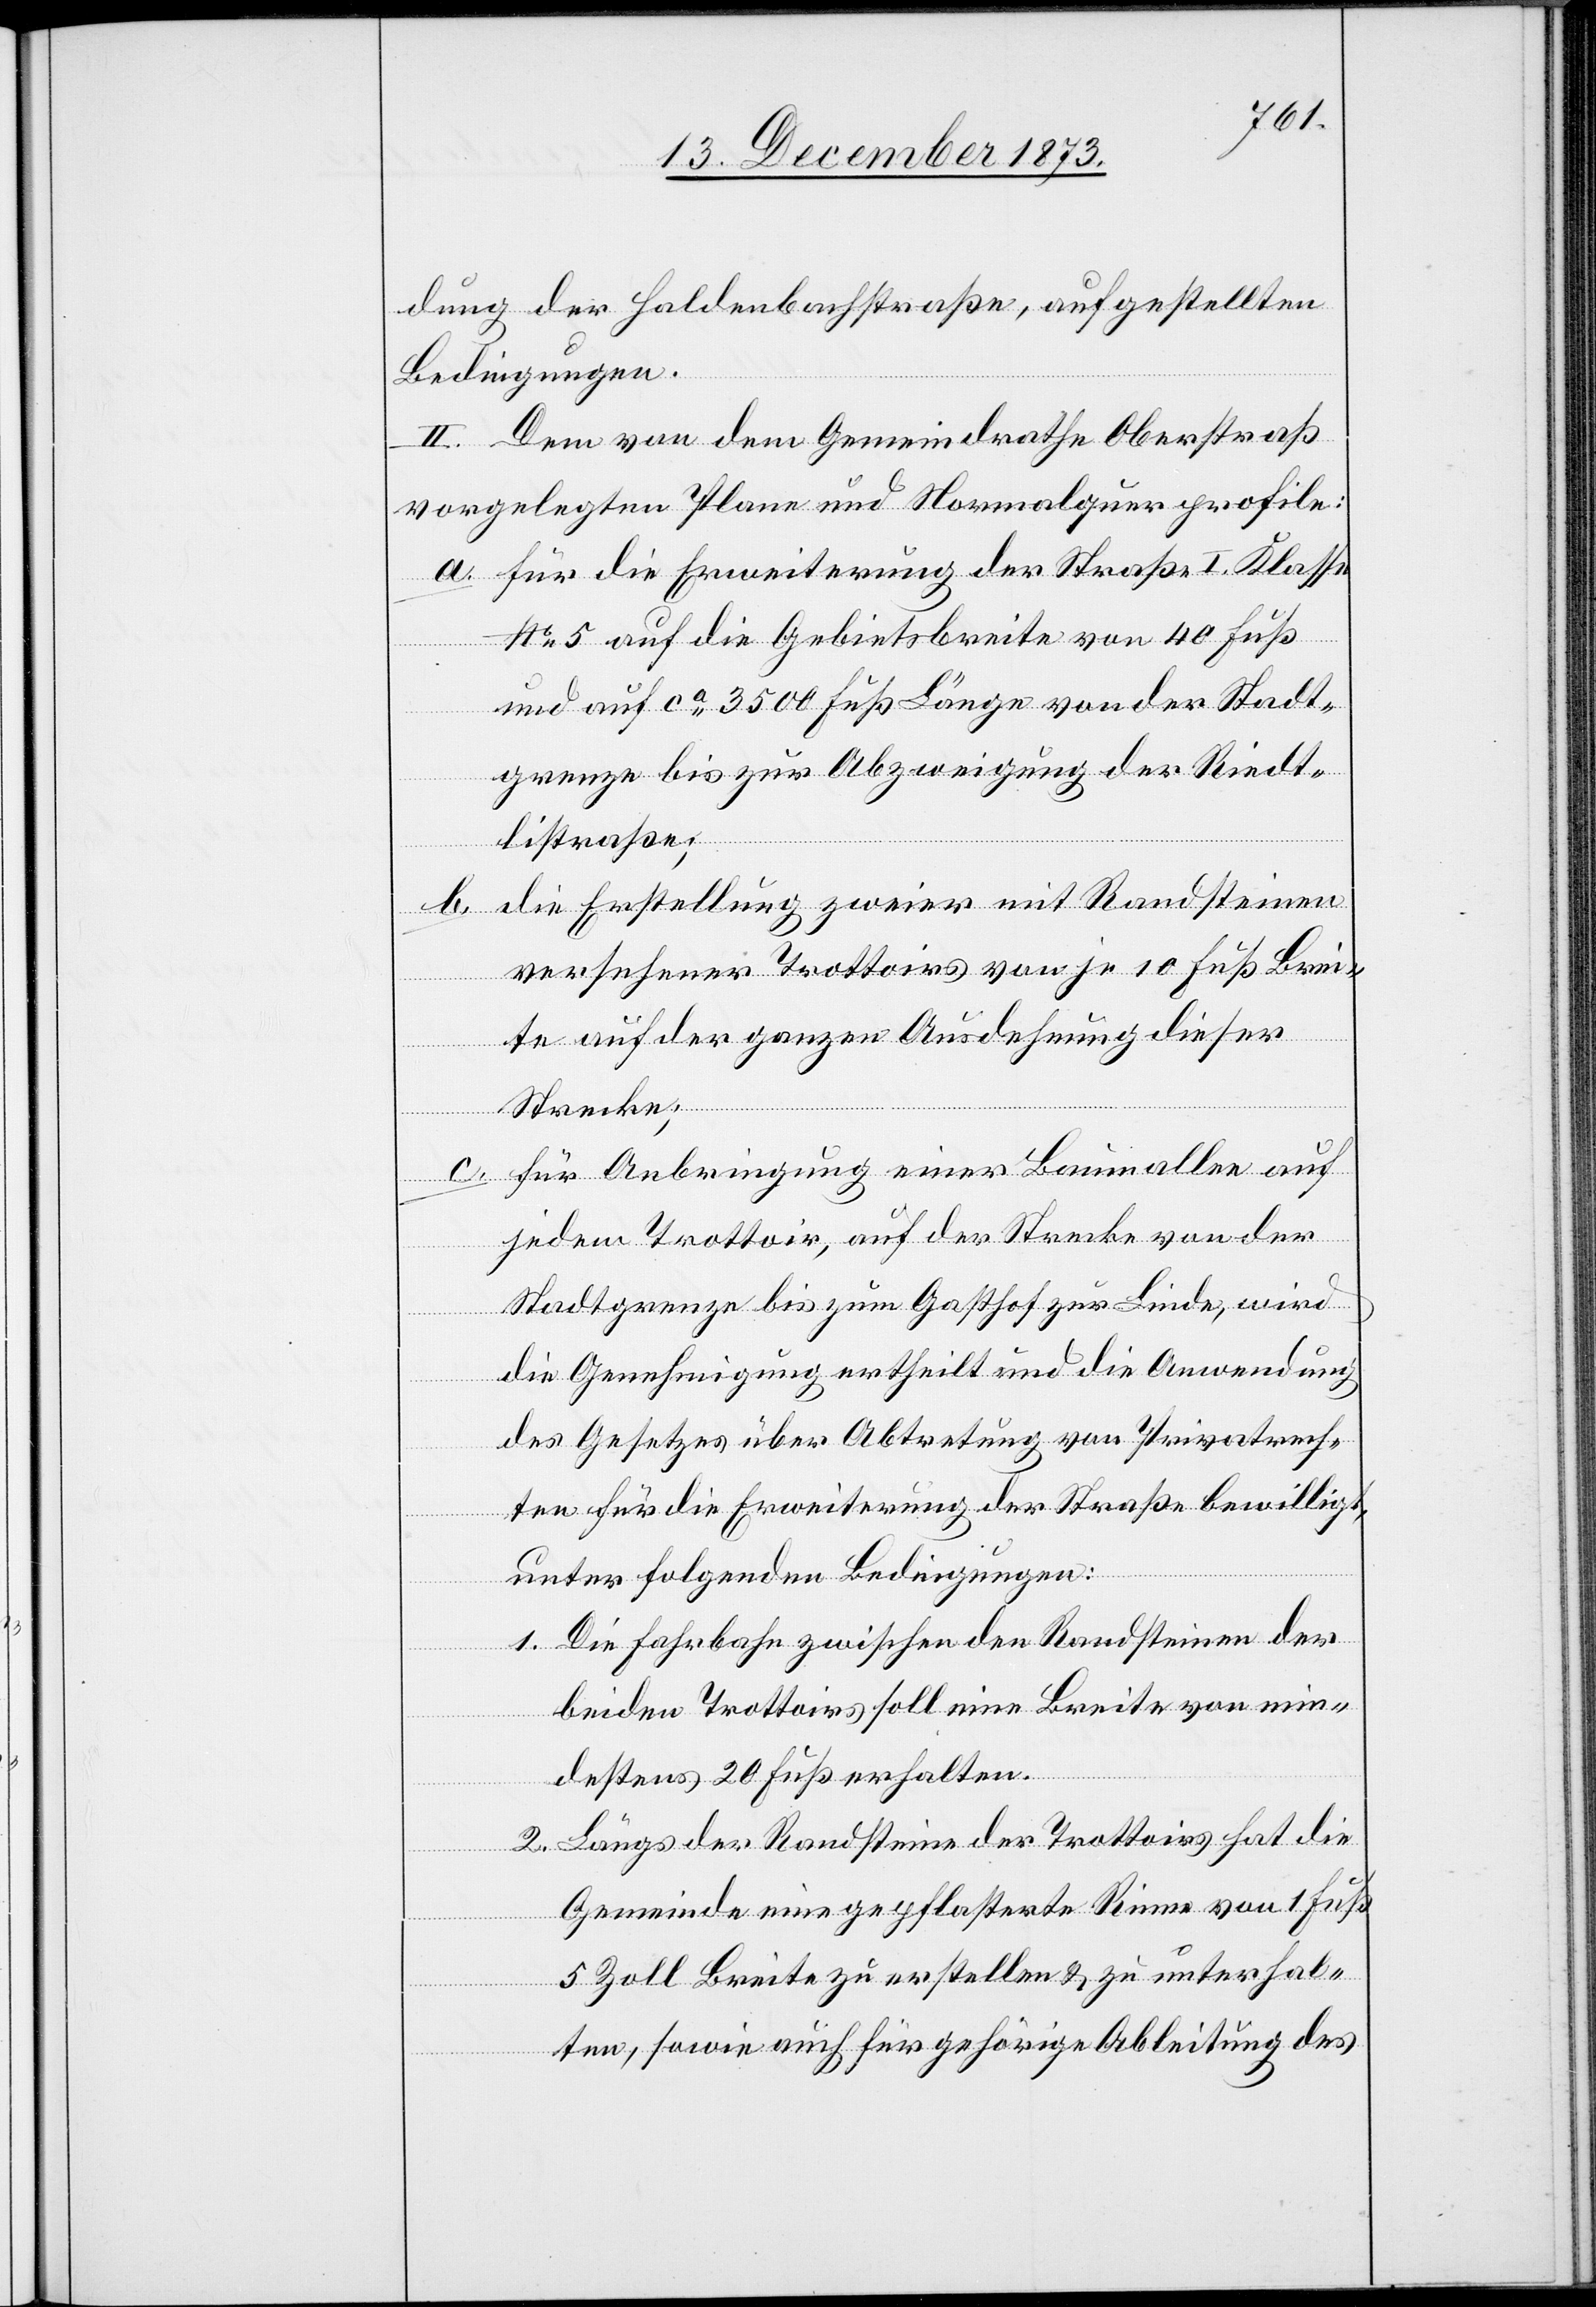
dung der Haldenbachstraße, aufgestellten
Bedingungen.
II. Dem von dem Gemeindrathe Oberstraß
vorgelegten Plane und Normalquerprofile:
a. für die Erweiterung der Straße I. Klasse
No 5 auf die Gebietsbreite von 40 Fuß
und auf ca 3 500 Fuß Länge von der Stadt¬
grenze bis zur Abzweigung der Riedt¬
listraße;
die Erstellung zweier mit Randsteinen
b.
versehener Trottoirs von je 10 Fuß Brei¬
te auf der ganzen Ausdehnung dieser
Strecke;
c. für Anbringung einer Baumallee auf
jedem Trottoir, auf der Strecke von der
Stadtgrenze bis zum Gasthof zur Linde, wird
die Genehmigung ertheilt und die Anwendung
des Gesetzes über Abtretung von Privatrech¬
ten für die Erweiterung der Straße bewilligt,
unter folgenden Bedingungen:
1. Die Fahrbahn zwischen den Randsteinen der
beiden Trottoirs soll eine Breite von min¬
destens 20 Fuß erhalten.
2. Längs der Randsteine der Trottoirs hat die
Gemeinde eine gepflasterte Rinne von 1 Fuß
5 Zoll Breite zu erstellen & zu unterhal¬
ten, sowie auch für gehörige Ableitung des